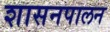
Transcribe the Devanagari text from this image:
शासनपालन